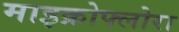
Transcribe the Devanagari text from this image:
माइक्रोफ्लोरा